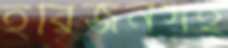
হরিজনসহ